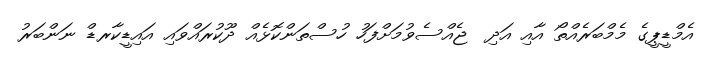
އެމްޑީޕީގެ މެމްބަރެއްތޯ އާއި އަދި  ޖެއްސެވުމަށްފަހު ހުސްތަންކޮޅެއް ދޫކުރައްވައި އައިޑީކާރޑް ނަންބަރު